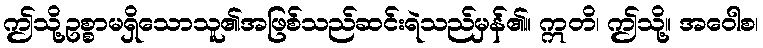
ဤသို့ဥစ္စာမရှိသောသူ၏အဖြစ်သည်ဆင်းရဲသည်မှန်၏။ ဣတိ၊ ဤသို့။ အဝေါစ၊